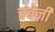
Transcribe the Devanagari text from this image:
चंबेज़ी